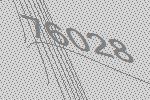
76028